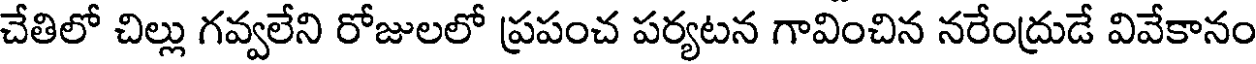
చేతిలో చిల్లు గవ్వలేని రోజులలో ప్రపంచ పర్యటన గావించిన నరేంద్రుడే వివేకానం